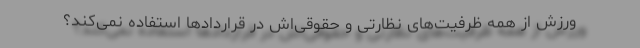
ورزش از همه ظرفیت‌های نظارتی و حقوقی‌اش در قرارداد‌ها استفاده نمی‌کند؟